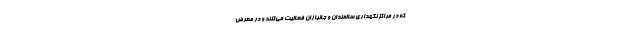
که در مراکز نگهداری سالمندان و جانبازان فعالیت می‌کنند و در معرض